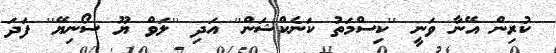
ކުރިން އޭނާ ވަނީ ''ކިސްމަތު ކަނެކްޝަން'' އަދި ''ލަވް ޔޫ ސޯނިޔޭ'' ފަދަ